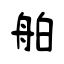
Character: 舶